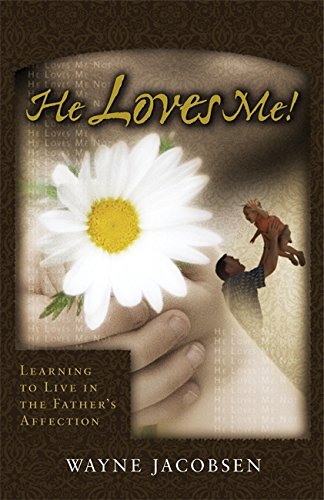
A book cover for He Loves Me! Learning to Live in the Father's Affection; Wayne Jacobsen; Christian Books & Bibles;